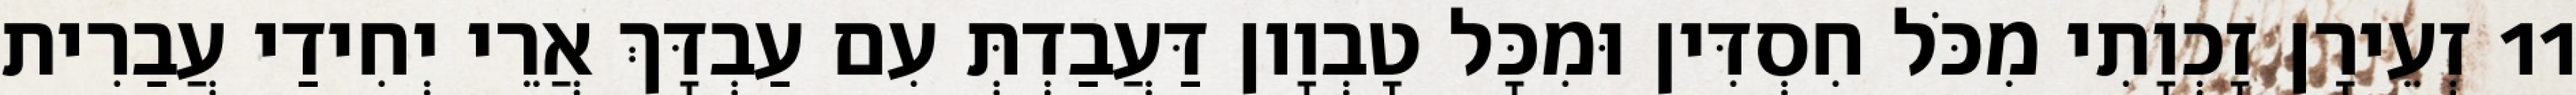
11 זְעֵירָן זָכְוָתִי מִכֹּל חִסְדִּין וּמִכָּל טָבְוָון דַּעֲבַדְתְּ עִם עַבְדָּךְ אֲרֵי יְחִידַי עֲבַרִית